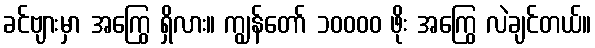
ခင်ဗျားမှာ အကြွေ ရှိလား။ ကျွန်တော် ၁၀၀၀၀ ဖိုး အကြွေ လဲချင်တယ်။